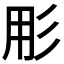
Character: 𭛓